Report on sanitation, dispensaries, and jails in Rajputana for 1916, and on vaccination for the year 1916-1917 - 1916-1917
Year: 1916
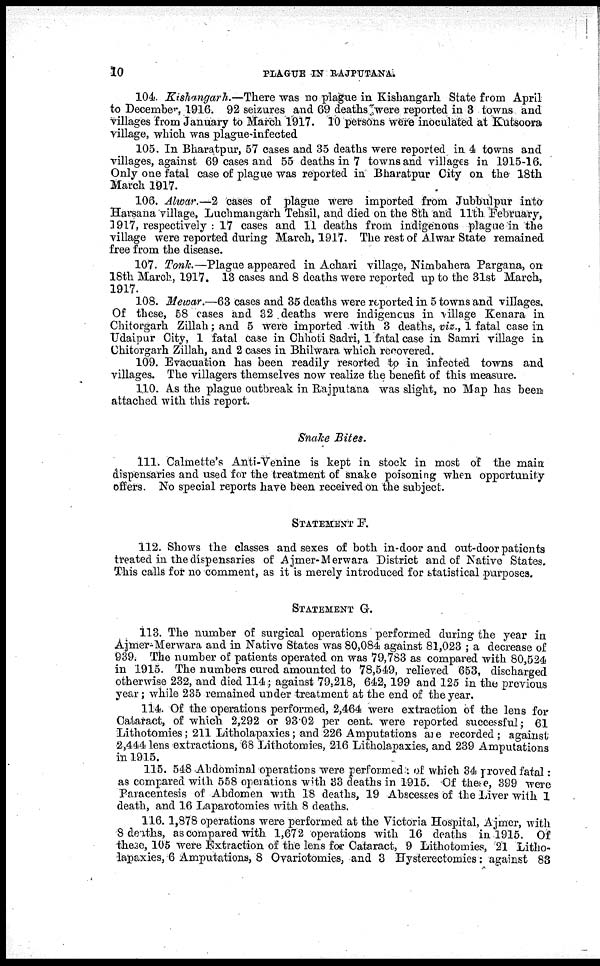
10
PLAGUE IN RAJPUTANA.
104. Kishangarh.—There was no plague in Kishangarh State from April
to December, 1916. 92 seizures and 69 deaths were reported in 3 towns and
villages from January to March 1917. 10 persons were inoculated at Kutsoora
village, which was plague-infected
105. In Bharatpur, 57 cases and 35 deaths were reported in 4 towns and
villages, against 69 cases and 55 deaths in 7 towns and villages in 1915-16.
Only one fatal case of plague was reported in Bharatpur City on the 18th
March 1917.
106. Alwar.—2 cases of plague were imported from Jubbulpur into
Harsana village, Luchmangarh Tehsil, and died on the 8th and 11th February,
1917, respectively : 17 cases and 11 deaths from indigenous plague in the
village were reported during March, 1917. The rest of Alwar State remained
free from the disease.
107. Tonk.—Plague appeared in Achari village, Nimbahera Pargana, on
18th March, 1917. 13 cases and 8 deaths were reported up to the 31st March,
1917.
108. Mewar.—63 cases and 35 deaths were reported in 5 towns and villages.
Of these, 58 cases and 32 deaths were indigenous in village Kenara in
Chitorgarh Zillah; and 5 were imported with 3 deaths, viz., 1 fatal case in
Udaipur City, 1 fatal case in Chhoti Sadri, 1 fatal case in Samri village in
Chitorgarh Zillah, and 2 cases in Bhilwara which recovered.
109. Evacuation has been readily resorted to in infected towns and
villages. The villagers themselves now realize the benefit of this measure.
110. As the plague outbreak in Rajputana was slight, no Map has been
attached with this report.
Snake Bites.
111. Calmette's Anti-Venine is kept in stock in most of the main
dispensaries and used for the treatment of snake poisoning when opportunity
offers. No special reports have been received on the subject.
STATEMENT F.
112. Shows the classes and sexes of both in-door and out-door patients
treated in the dispensaries of Ajmer-Merwara District and of Native States.
This calls for no comment, as it is merely introduced for statistical purposes.
STATEMENT G.
113. The number of surgical operations performed during the year in
Ajmer-Merwara and in Native States was 80,084 against 81,023 ; a decrease of
939. The number of patients operated on was 79,783 as compared with 80,524
in 1915. The numbers cured amounted to 78,549, relieved 653, discharged
otherwise 232, and died 114; against 79,218, 642, 199 and 125 in the previous
year; while 235 remained under treatment at the end of the year.
114. Of the operations performed, 2,464 were extraction of the lens for
Cataract, of which 2,292 or 93.02 per cent. were reported successful; 61
Lithotomies; 211 Litholapaxies; and 226 Amputations are recorded; against
2,444 lens extractions, 68 Lithotomies, 216 Litholapaxies, and 239 Amputations
in 1915.
115. 548 Abdominal operations were performed : of which 34 proved fatal:
as compared with 558 operations with 33 deaths in 1915. Of these, 399 were
Paracentesis of Abdomen with 18 deaths, 19 Abscesses of the Liver with 1
death, and 16 Laparotomies with 8 deaths.
116. 1,878 operations were performed at the Victoria Hospital, Ajmer, with
8 deaths, as compared with 1,672 operations with 16 deaths in 1915. Of
these, 105 were Extraction of the lens for Cataract, 9 Lithotomies, 21 Litho-
lapaxies, 6 Amputations, 8 Ovariotomies, and 3 Hysterectomies: against 83